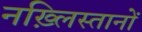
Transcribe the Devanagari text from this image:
नख़्लिस्तानों